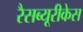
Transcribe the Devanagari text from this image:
रैसब्यूरीकेस